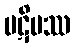
ပဋိပဿ